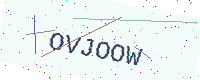
Text: OVJOOW